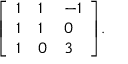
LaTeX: { \left[ \begin{array} { l l l } { 1 } & { 1 } & { - 1 } \\ { 1 } & { 1 } & { 0 } \\ { 1 } & { 0 } & { 3 } \end{array} \right] } .